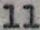
11